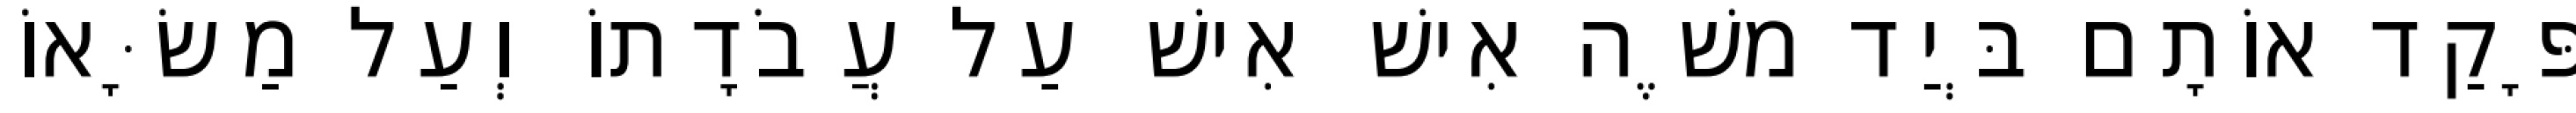
פָּקַד אוֹתָם בְּיַד משֶׁה אִישׁ אִישׁ עַל עֲבֹדָתוֹ וְעַל מַשָּׂאוֹ